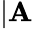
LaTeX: |\mathbf{A}